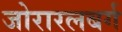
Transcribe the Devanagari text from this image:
जोरारलबर्ग